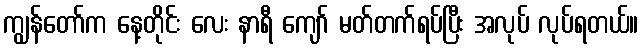
ကျွန်တော်က နေ့တိုင်း လေး နာရီ ကျော် မတ်တက်ရပ်ပြီး အလုပ် လုပ်ရတယ်။